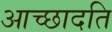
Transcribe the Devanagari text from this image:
आच्‍छादति